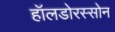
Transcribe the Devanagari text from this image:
हॉलडोरस्सोन